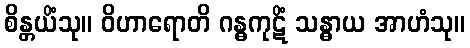
စိန္တယိံသု။ ဝိဟာရောတိ ဂန္ဓကုဋိံ သန္ဓာယ အာဟံသု။